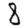
Digit: 8